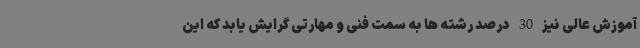
آموزش عالی نیز 30 درصد رشته ها به سمت فنی و مهارتی گرایش یابد که این